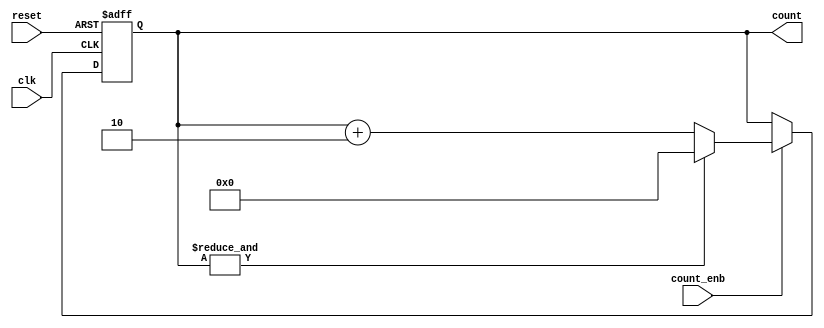
`timescale 1ns / 1ps

module counter2_Nbit_enable(
                clk,
                reset,
                count_enb,
                count
);

//Parameter
parameter       N =32;
//wire&reg
input wire      clk;                       //  
input wire      reset;                     //  
input wire      count_enb;                 // Enable 
wire q1 ;
output reg [N-1:0] count;               //   



//logic
always @ (posedge clk, negedge reset)
    begin
        if (!reset) 
            begin                           //   
                count <= 0;
            end
        else 
            if (count_enb) 
                begin // enable    
                    if (q1)
                        begin
                            count <= 0;
                        end
                    else 
                        begin
                            count <= count + 2;
                        end
                end
    end

assign q1 = &count;


endmodule